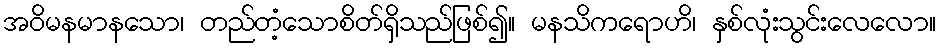
အဝိမနမာနသော၊ တည်တံ့သောစိတ်ရှိသည်ဖြစ်၍။ မနသိကရောဟိ၊ နှစ်လုံးသွင်းလေလော။